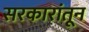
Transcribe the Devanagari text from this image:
सरकारांतून